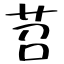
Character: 苕